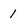
Character: 1